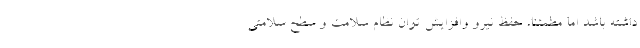
داشته باشد اما مطمئنا، حفظ نیرو وافزایش توان نظام سلامت و سطح سلامتی